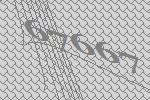
67667